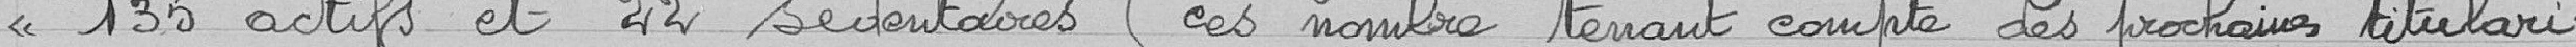
<< 135 actifs et 22 sédentaires (ces nombres tenant compte des prochaines titulari-